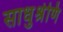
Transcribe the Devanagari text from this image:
साधुश्रेणि